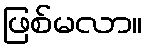
ဖြစ်မလာ။